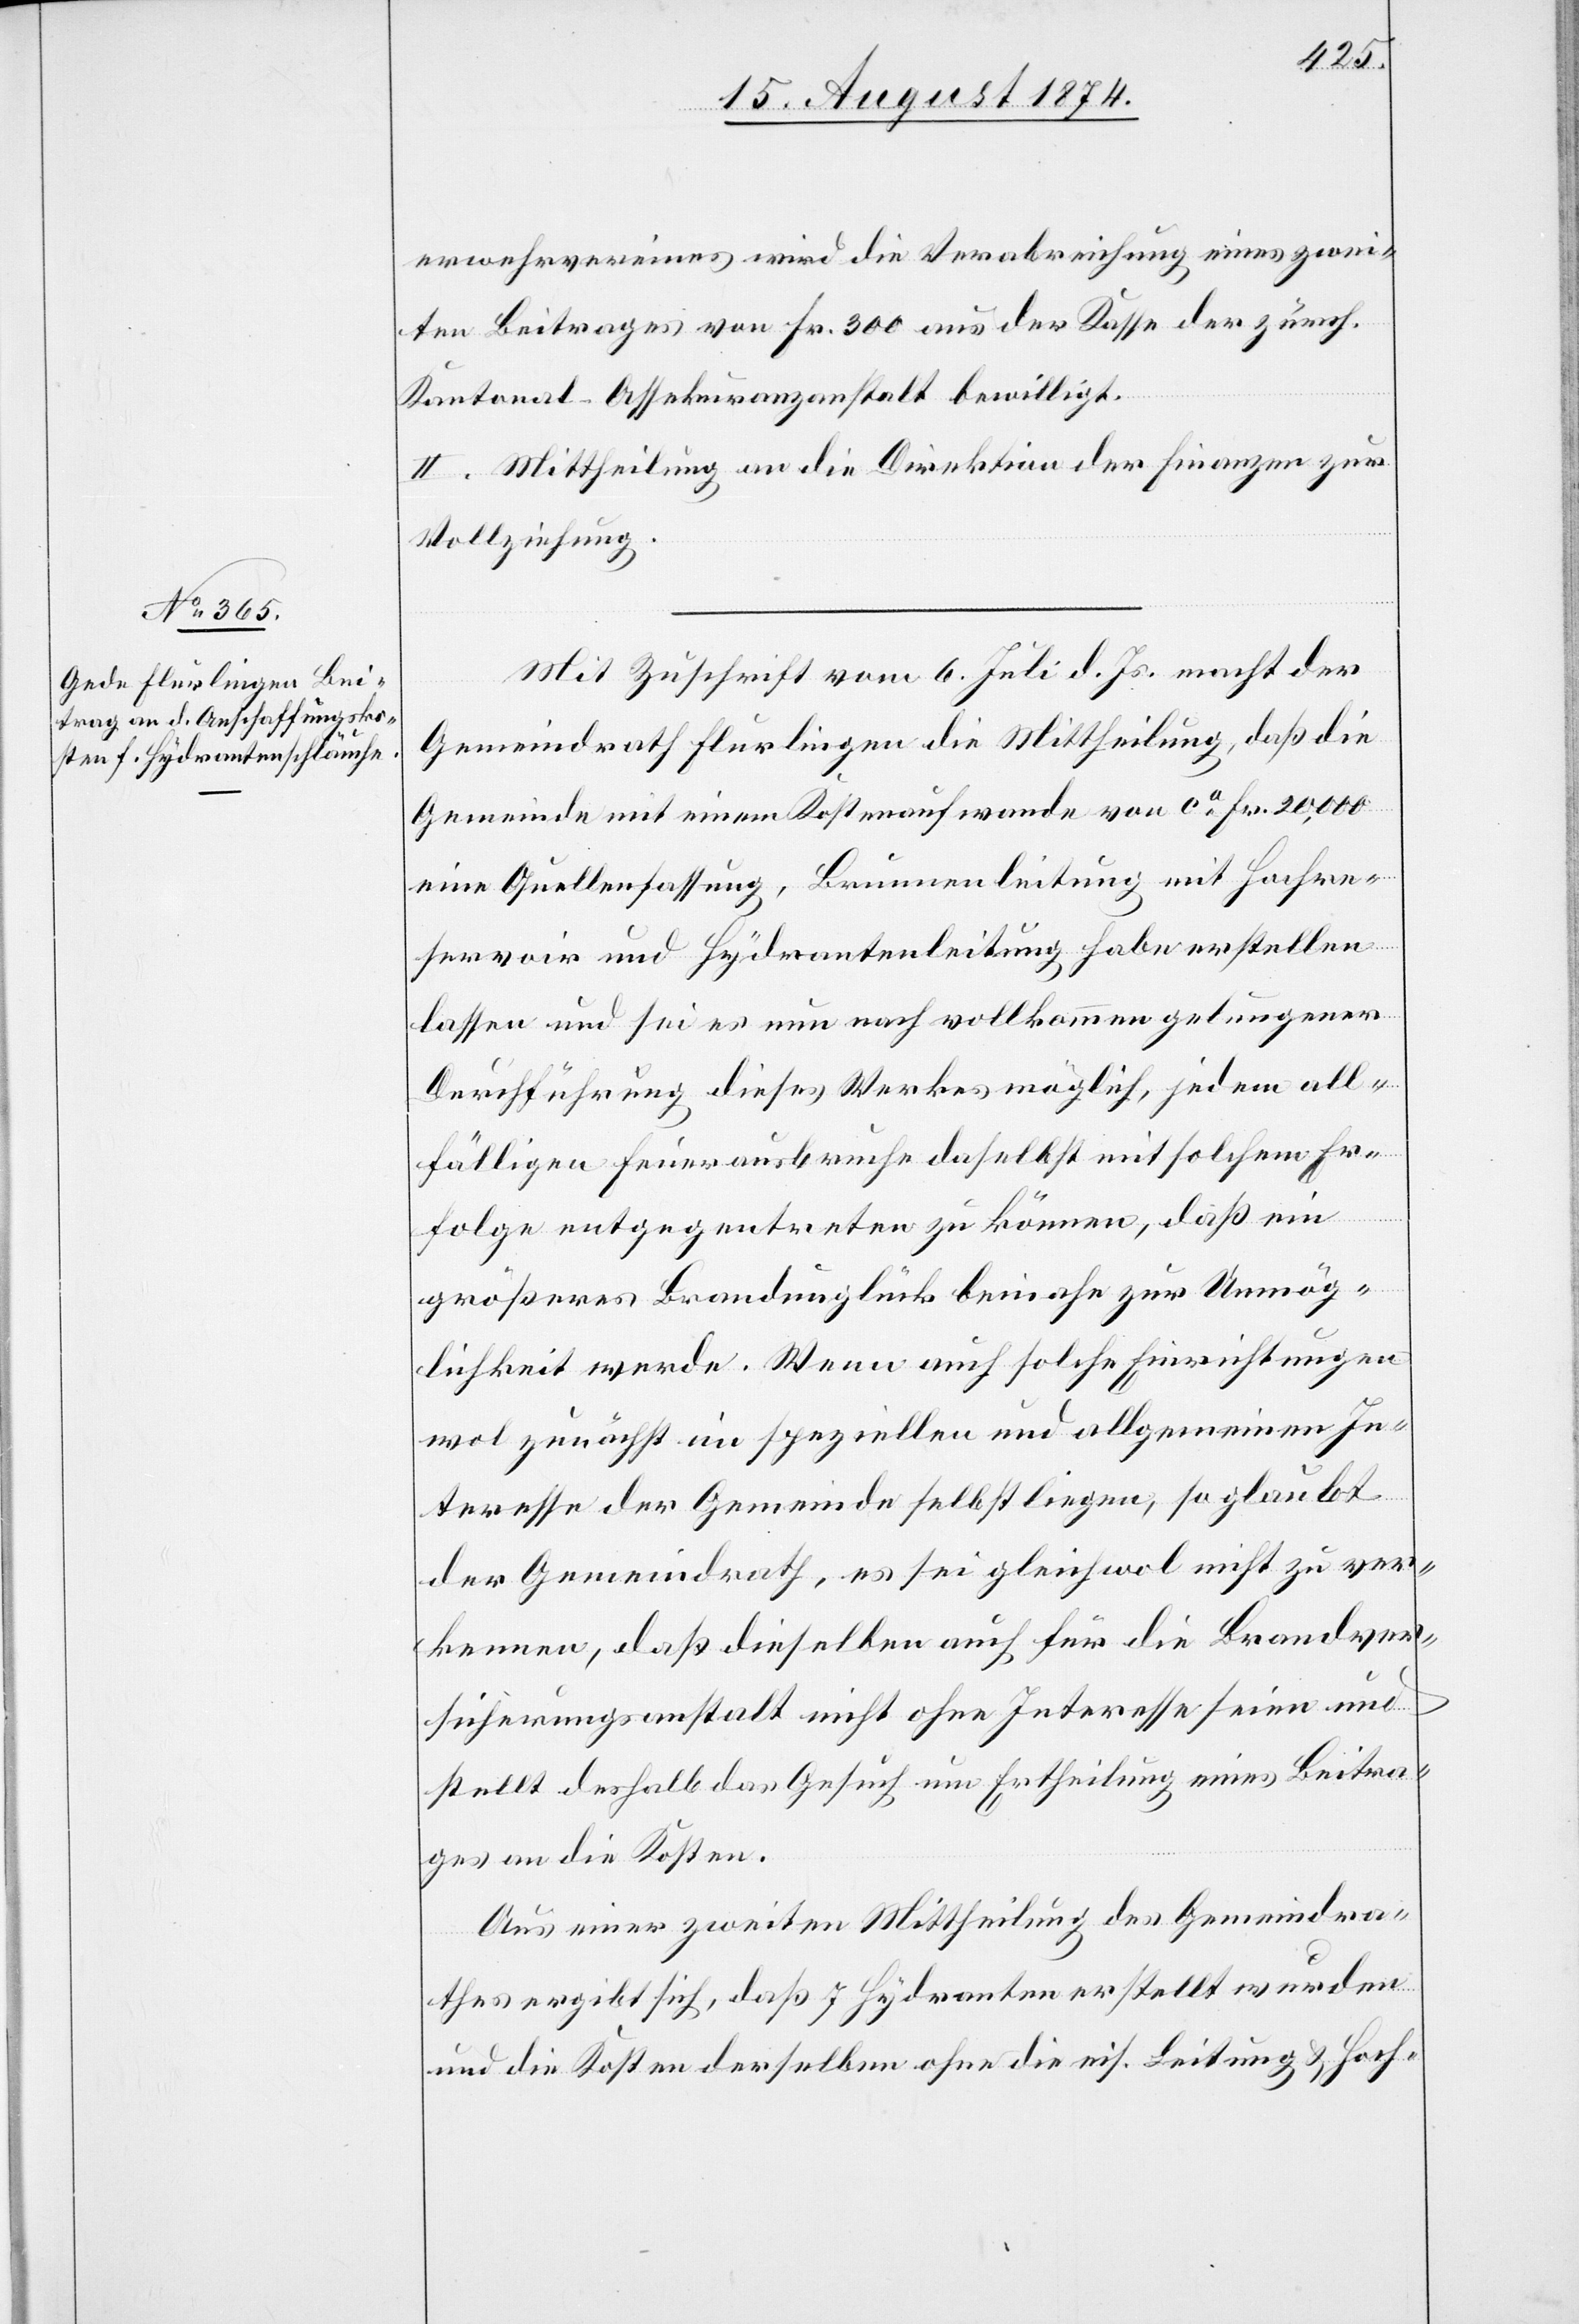
erwehrvereines wird die Verabreichung eines zwei¬
ten Beitrages von Fr. 300 aus der Kasse der zürch.
Kantonal-Assekuranzanstalt bewilligt.
II. Mittheilung an die Direktion der Finanzen zur
Vollziehung.
Mit Zuschrift vom 6. Juli d. Js. macht der
Gemeindrath Flurlingen die Mittheilung, daß die
Gemeinde mit einem Kostenaufwande von ca Fr. 20,000
eine Quellenfassung, Brunnenleitung mit Fachre¬
servoir und Hydrantenleitung habe erstellen
lassen und sei es nun nach vollkommen gelungener
Durchführung dieses Werkes möglich, jedem all¬
fälligen Feuerausbruche daselbst mit solchem Er¬
folge entgegentreten zu können, daß ein
größeres Brandunglück beinahe zur Unmög¬
lichkeit werde. Wenn auch solche Einrichtungen
wol zunächst im speziellen und allgemeinen In¬
teresse der Gemeinde selbst liegen, so glaubt
der Gemeindrath, es sei gleichwol nicht zu ver¬
kennen, daß dieselben auch für die Brandver¬
sicherungsanstalt nicht ohne Interesse seien und
stellt deshalb das Gesuch um Ertheilung eines Beitra¬
ges an die Kosten.
Aus einer zweiten Mittheilung des Gemeindra¬
thes ergibt sich, daß 7 Hydranten erstellt wurden
und die Kosten derselben ohne die eis. Leitung u. Hoch-